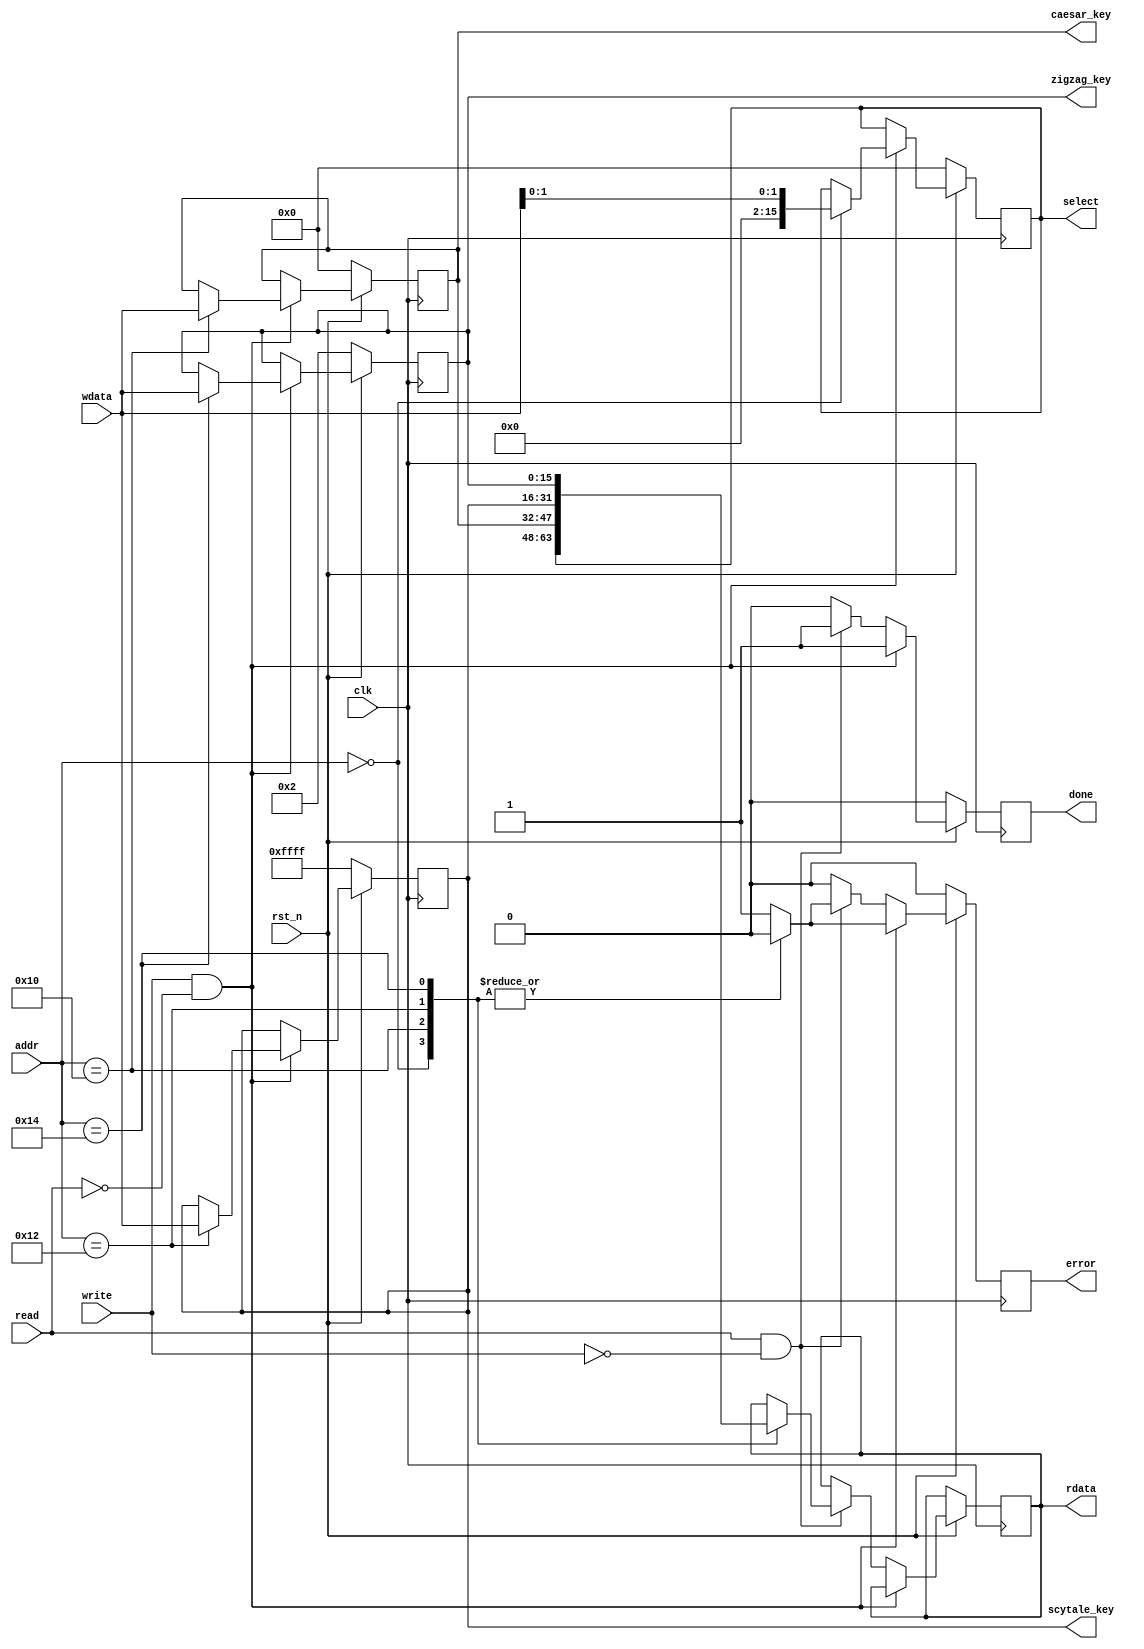
`timescale 1ns / 1ps
//////////////////////////////////////////////////////////////////////////////////
// Company: 
// Engineer: 
// 
// Design Name: 
// Module Name:    decryption_regfile 
// Project Name: 
// Target Devices: 
// Tool versions: 
// Description: 
//
// Dependencies: 
//
// Revision: 
// Revision 0.01 - File Created
// Additional Comments: 
//
//////////////////////////////////////////////////////////////////////////////////
module decryption_regfile #(
			parameter addr_witdth = 8,
			parameter reg_width 	 = 16
		)(
			// Clock and reset interface
			input clk, 
			input rst_n,
			
			// Register access interface
			input[addr_witdth - 1:0] addr,
			input read,
			input write,
			input [reg_width -1 : 0] wdata,
			output reg [reg_width -1 : 0] rdata,
			output reg done,
			output reg error,
			
			// Output wires
			output reg[reg_width - 1 : 0] select,
			output reg[reg_width - 1 : 0] caesar_key,
			output reg[reg_width - 1 : 0] scytale_key,
			output reg[reg_width - 1 : 0] zigzag_key
    );

// TODO implementati bancul de registre.
// registri necesari retinerii datelor de intrare
			reg[reg_width - 1 : 0] select_register;
			reg[reg_width - 1 : 0] caesar_key_register;
			reg[reg_width - 1 : 0] scytale_key_register;
			reg[reg_width - 1 : 0] zigzag_key_register;
		
// scriere, citire, resetare si setarea semnalelor de done is reset in mod sincron
			always @(posedge clk) begin
				error <= 0;
				done <= 0;
				if (!rst_n) begin							// reset cu valorile din cerinta
						select_register <= 16'h0;
						caesar_key_register <= 16'h0;
						scytale_key_register <= 16'hFFFF;
						zigzag_key_register <= 16'h2;
						error <= 0;
				end else if (write && !read) begin  // write
					done <= 1;
					case (addr) 							// write in adresa primita prin addr
						16'h0: begin
								 // scrierea primilor 2 biti din select_register cu 
								 // primi 2 biti din wdata, iar restul de 14 cu 0
								 select_register <= {14'h0, wdata[1:0]}; 
								 error <= 0;
						end
						16'h10: begin
								 caesar_key_register <= wdata;
								 error <= 0;
						end
						16'h12: begin
								 scytale_key_register <= wdata;
								 error <= 0;
						end
						16'h14: begin
								 zigzag_key_register <= wdata;
								 error <= 0;
						end
						default: error <= 1;  // caz adresa invalida in timpul write
					endcase	
				end else if (read && !write) begin  // read
					done <= 1;
					case (addr)								// read de la adresa primita prin addr
						16'h0: begin
								rdata <= select_register;
								error <= 0;
						end
						16'h10: begin
								rdata <= caesar_key_register;
								error <= 0;
						end
						16'h12: begin
								rdata <= scytale_key_register;
								error <= 0;
						end
						16'h14: begin
								rdata <= zigzag_key_register;
								error <= 0;
						end
						default: error <= 1;  			// caz adresa invalida in timpul read
					endcase	
				end
				
			end
			
// assignarea asincrona a datelor din registrii pe iesiri
			always @(*) begin
				select = select_register;
				caesar_key = caesar_key_register;
				scytale_key = scytale_key_register;
				zigzag_key = zigzag_key_register;
			end
endmodule